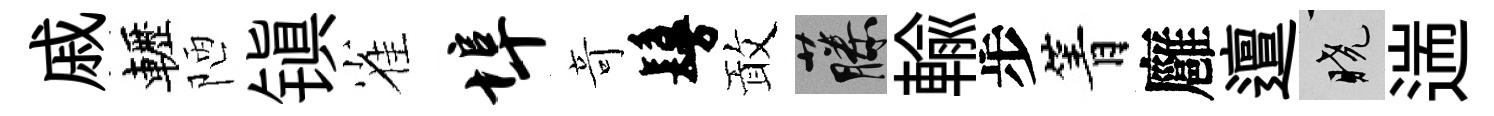
戚轣陋镇雀埠竒鬘敢藤輸步箐廱邅曉遄